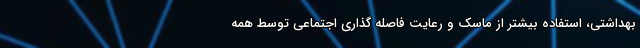
بهداشتی، استفاده بیشتر از ماسک و رعایت فاصله گذاری اجتماعی توسط همه